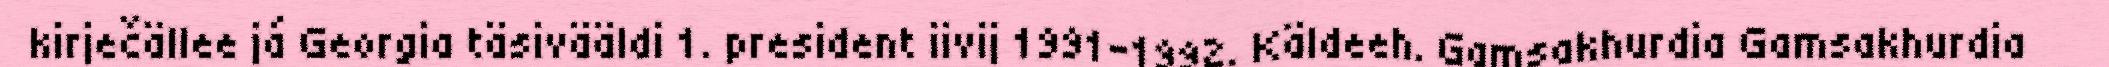
kirječällee já Georgia täsivääldi 1. president iivij 1991–1992. Käldeeh. Gamsakhurdia Gamsakhurdia